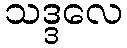
သဒ္ဒလေ